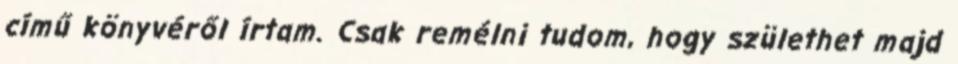
című könyvéről írtam. Csak remélni tudom, hogy születhet majd